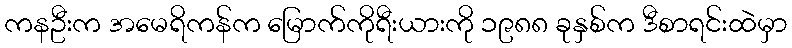
ကနဦးက အမေရိကန်က မြောက်ကိုရီးယားကို ၁၉၈၈ ခုနှစ်က ဒီစာရင်းထဲမှာ